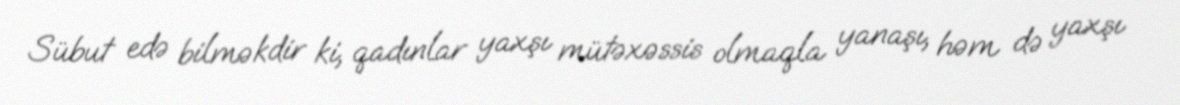
Sübut edə bilməkdir ki, qadınlar yaxşı mütəxəssis olmaqla yanaşı, həm də yaxşı